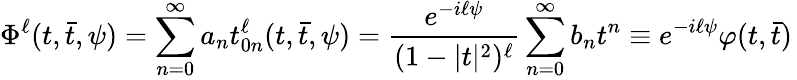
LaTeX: \Phi^{\ell}(t,\bar{t},\psi)=\sum_{n=0}^{\infty}a_{n}t_{0n}^{\ell}(t,\bar{t},\psi)=\frac{e^{-i\ell\psi}}{(1-|t|^{2})^{\ell}}\sum_{n=0}^{\infty}b_{n}t^{n}\equiv e^{-i\ell\psi}\varphi(t,\bar{t})\,